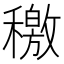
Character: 𥢹